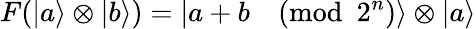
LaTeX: F(|a\rangle\otimes|b\rangle)=|a+b{\pmod{2^{n}}}\rangle\otimes|a\rangle